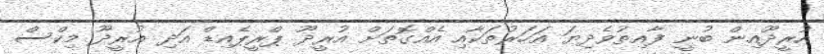
އުރީދޫއިން ބުނީ ފާއިތުވެދިޔަ އަހަރުތަކާއި އެއްގޮތަށް އުރީދޫ ޕްރީޕެއިޑް އަދި އުރީދޫ މިކްސް